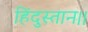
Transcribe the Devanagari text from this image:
हिंदुस्तान।।